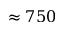
\approx 7 5 0